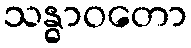
သန္ဓာဝတော